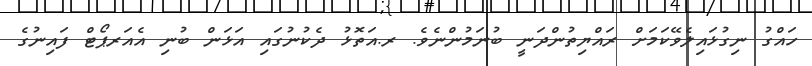
ހައްގު ނިގުޅައިލެވޭކަމަށް ރައްޔިތުންދަނީ ބުނަމުންނެވެ. ރ.އަތޮޅު ދެކުނުގައި އަޅަން ބުނި އެއަރޕޯޓް ފައިނުގެ